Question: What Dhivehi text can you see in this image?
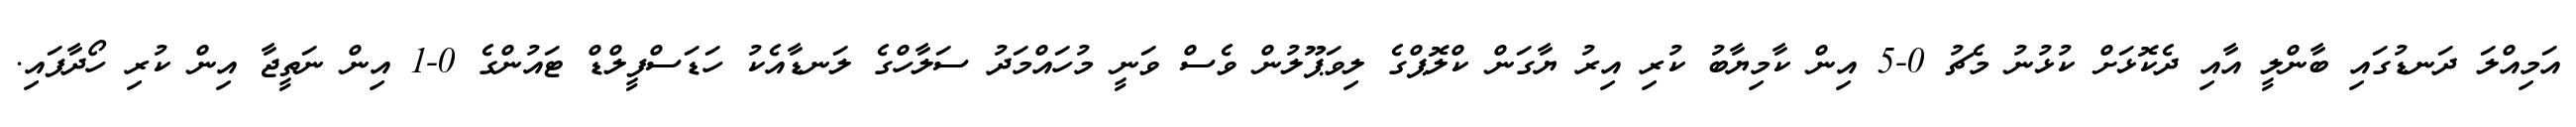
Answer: އަމިއްލަ ދަނޑުގައި ބާންލީ އާއި ދެކޮޅަށް ކުޅުނު މެޗު 0-5 އިން ކާމިޔާބު ކުރި އިރު ޔާގަން ކްލޮޕްގެ ލިވަޕޫލުން ވެސް ވަނީ މުހައްމަދު ސަލާހްގެ ލަނޑާއެކު ހަޑަސްފީލްޑް ޓައުންގެ 0-1 އިން ނަތީޖާ އިން ކުރި ހޯދާފައި.